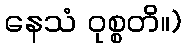
နေသံ ဝုစ္စတိ။)